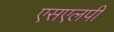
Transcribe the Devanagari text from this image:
एसएलपी